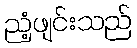
ညံ့ဖျင်းသည်